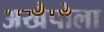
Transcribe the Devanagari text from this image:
अखैपोला